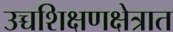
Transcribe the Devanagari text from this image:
उच्चशिक्षणक्षेत्रात